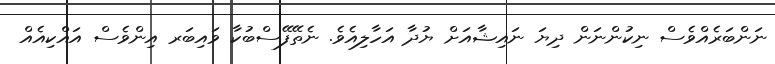
ނަންބަރެއްވެސް ނިކުންނަން ދިޔަ ނައިޝާއަށް ޔުދާ އަހާލިއެވެ. ނެތޭފޭސްބުކާ ވައިބަރ އިންވެސް އައްކިއެއް